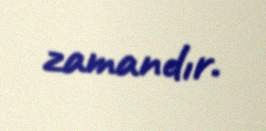
zamandır.